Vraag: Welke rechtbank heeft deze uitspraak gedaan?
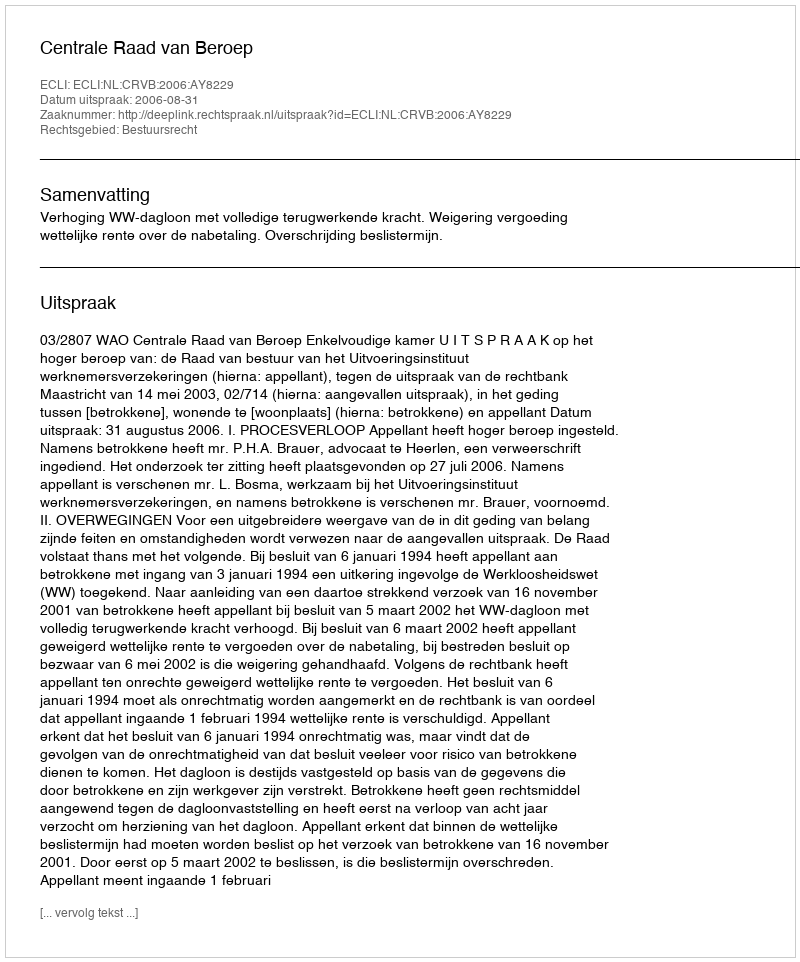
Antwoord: Centrale Raad van Beroep